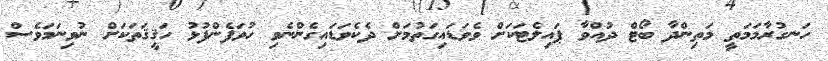
ހަނގުރާމަމަތީ މަތިންދާ ބޯޓް ދުއްވާ ޕައިލެޓަކަށް ވެވަޑައިގަތުމަށް ދެކެވަޑައިގެންނެވި ހުވަފެންފުޅު ހަޤީޤަތަކަށް ނުވިނަމަވެސް